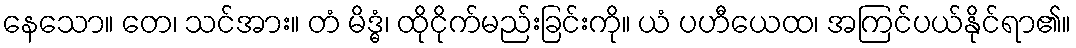
နေသော။ တေ၊ သင်အား။ တံ မိဒ္ဓံ၊ ထိုငိုက်မည်းခြင်းကို။ ယံ ပဟီယေထ၊ အကြင်ပယ်နိုင်ရာ၏။